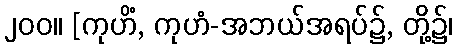
၂၀၀။ [ကုဟိံ, ကုဟံ-အဘယ်အရပ်၌, တို့၌၊